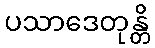
ပသာဒေတုန္တိ